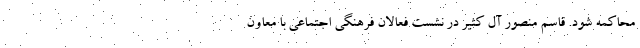
محاکمه شود. قاسم منصور آل کثیر در نشست فعالان فرهنگی اجتماعی با معاون